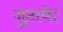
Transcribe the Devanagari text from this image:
जुटाये।